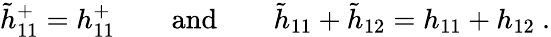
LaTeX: \tilde{h}_{11}^{+}=h_{11}^{+}\qquad\mathrm{and}\qquad\tilde{h}_{11}+\tilde{h}_{12}=h_{11}+h_{12}~.